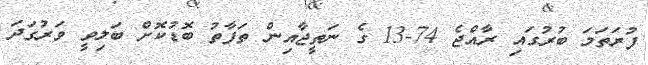
ފުރަތަމަ ބުރުގައި ރާއްޖެ 74-13 ގެ ނަތީޖާއިން ތަފާތު ބޮޑުކޮށް ބަލިވީ ވަރުގަދަ